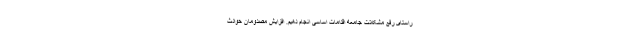
راستای رفع مشکلات جامعه اقدامات اساسی انجام دهیم. افزایش مصدومان حوادث